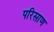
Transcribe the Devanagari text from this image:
परिसाण